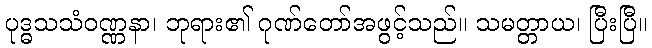
ပုဒ္ဓသသံဝဏ္ဏနာ၊ ဘုရား၏ ဂုဏ်တော်အဖွင့်သည်။ သမတ္တာယ၊ ပြီးပြီ။